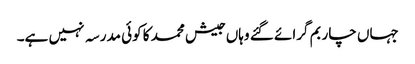
جہاں چار بم گرائے گئے وہاں جیش محمد کا کوئی مدرسہ نہیں ہے۔